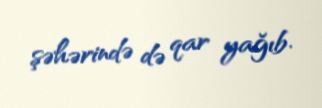
şəhərində də qar yağıb.